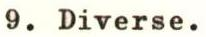
9. Diverse.